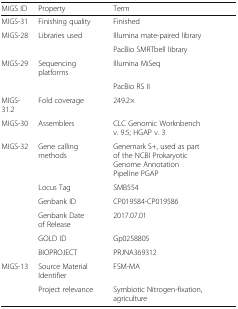
<table><thead><tr><td><b>MIGS ID</b></td><td><b>Property</b></td><td><b>Term</b></td></tr></thead><tbody><tr><td>MIGS-31</td><td>Finishing quality</td><td>Finished</td></tr><tr><td>MIGS-28</td><td>Libraries used</td><td>Illumina mate-paired library</td></tr><tr><td></td><td></td><td>PacBio SMRTbell library</td></tr><tr><td>MIGS-29</td><td>Sequencing platforms</td><td>Illumina MiSeq</td></tr><tr><td></td><td></td><td>PacBio RS II</td></tr><tr><td>MIGS-31.2</td><td>Fold coverage</td><td>249.2×</td></tr><tr><td>MIGS-30</td><td>Assemblers</td><td>CLC Genomic Worknbench v. 9.5; HGAP v. 3</td></tr><tr><td>MIGS-32</td><td>Gene calling methods</td><td>Genemark S+, used as part of the NCBI Prokaryotic Genome Annotation Pipeline PGAP</td></tr><tr><td></td><td>Locus Tag</td><td>SMB554</td></tr><tr><td></td><td>Genbank ID</td><td>CP019584-CP019586</td></tr><tr><td></td><td>Genbank Date of Release</td><td>2017.07.01</td></tr><tr><td></td><td>GOLD ID</td><td>Gp0258805</td></tr><tr><td></td><td>BIOPROJECT</td><td>PRJNA369312</td></tr><tr><td>MIGS-13</td><td>Source Material Identifier</td><td>FSM-MA</td></tr><tr><td></td><td>Project relevance</td><td>Symbiotic Nitrogen-fixation, agriculture</td></tr></tbody></table>